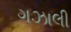
ગઝાલી